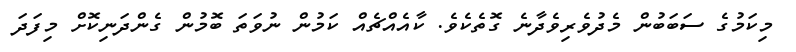
މިކަމުގެ ސަބަބުން މެދުވެރިވެދާނެ ގޮތެކެވެ. ކާއެއްޗެއް ކަމުން ނުވަތަ ބޮމުން ގެންދަނިކޮށް މިފަދަ